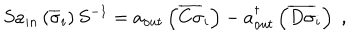
LaTeX: S a _ { i n } \left( \overline { { { \sigma } } } _ { i } \right) S ^ { - 1 } = a _ { o u t } \left( \overline { { { C \sigma } } } _ { i } \right) - a _ { o u t } ^ { \dagger } \left( \overline { { { D \sigma } } } _ { i } \right) \; ,